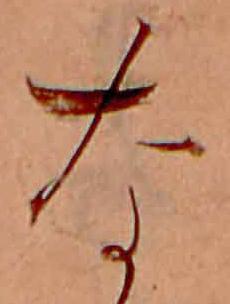
な